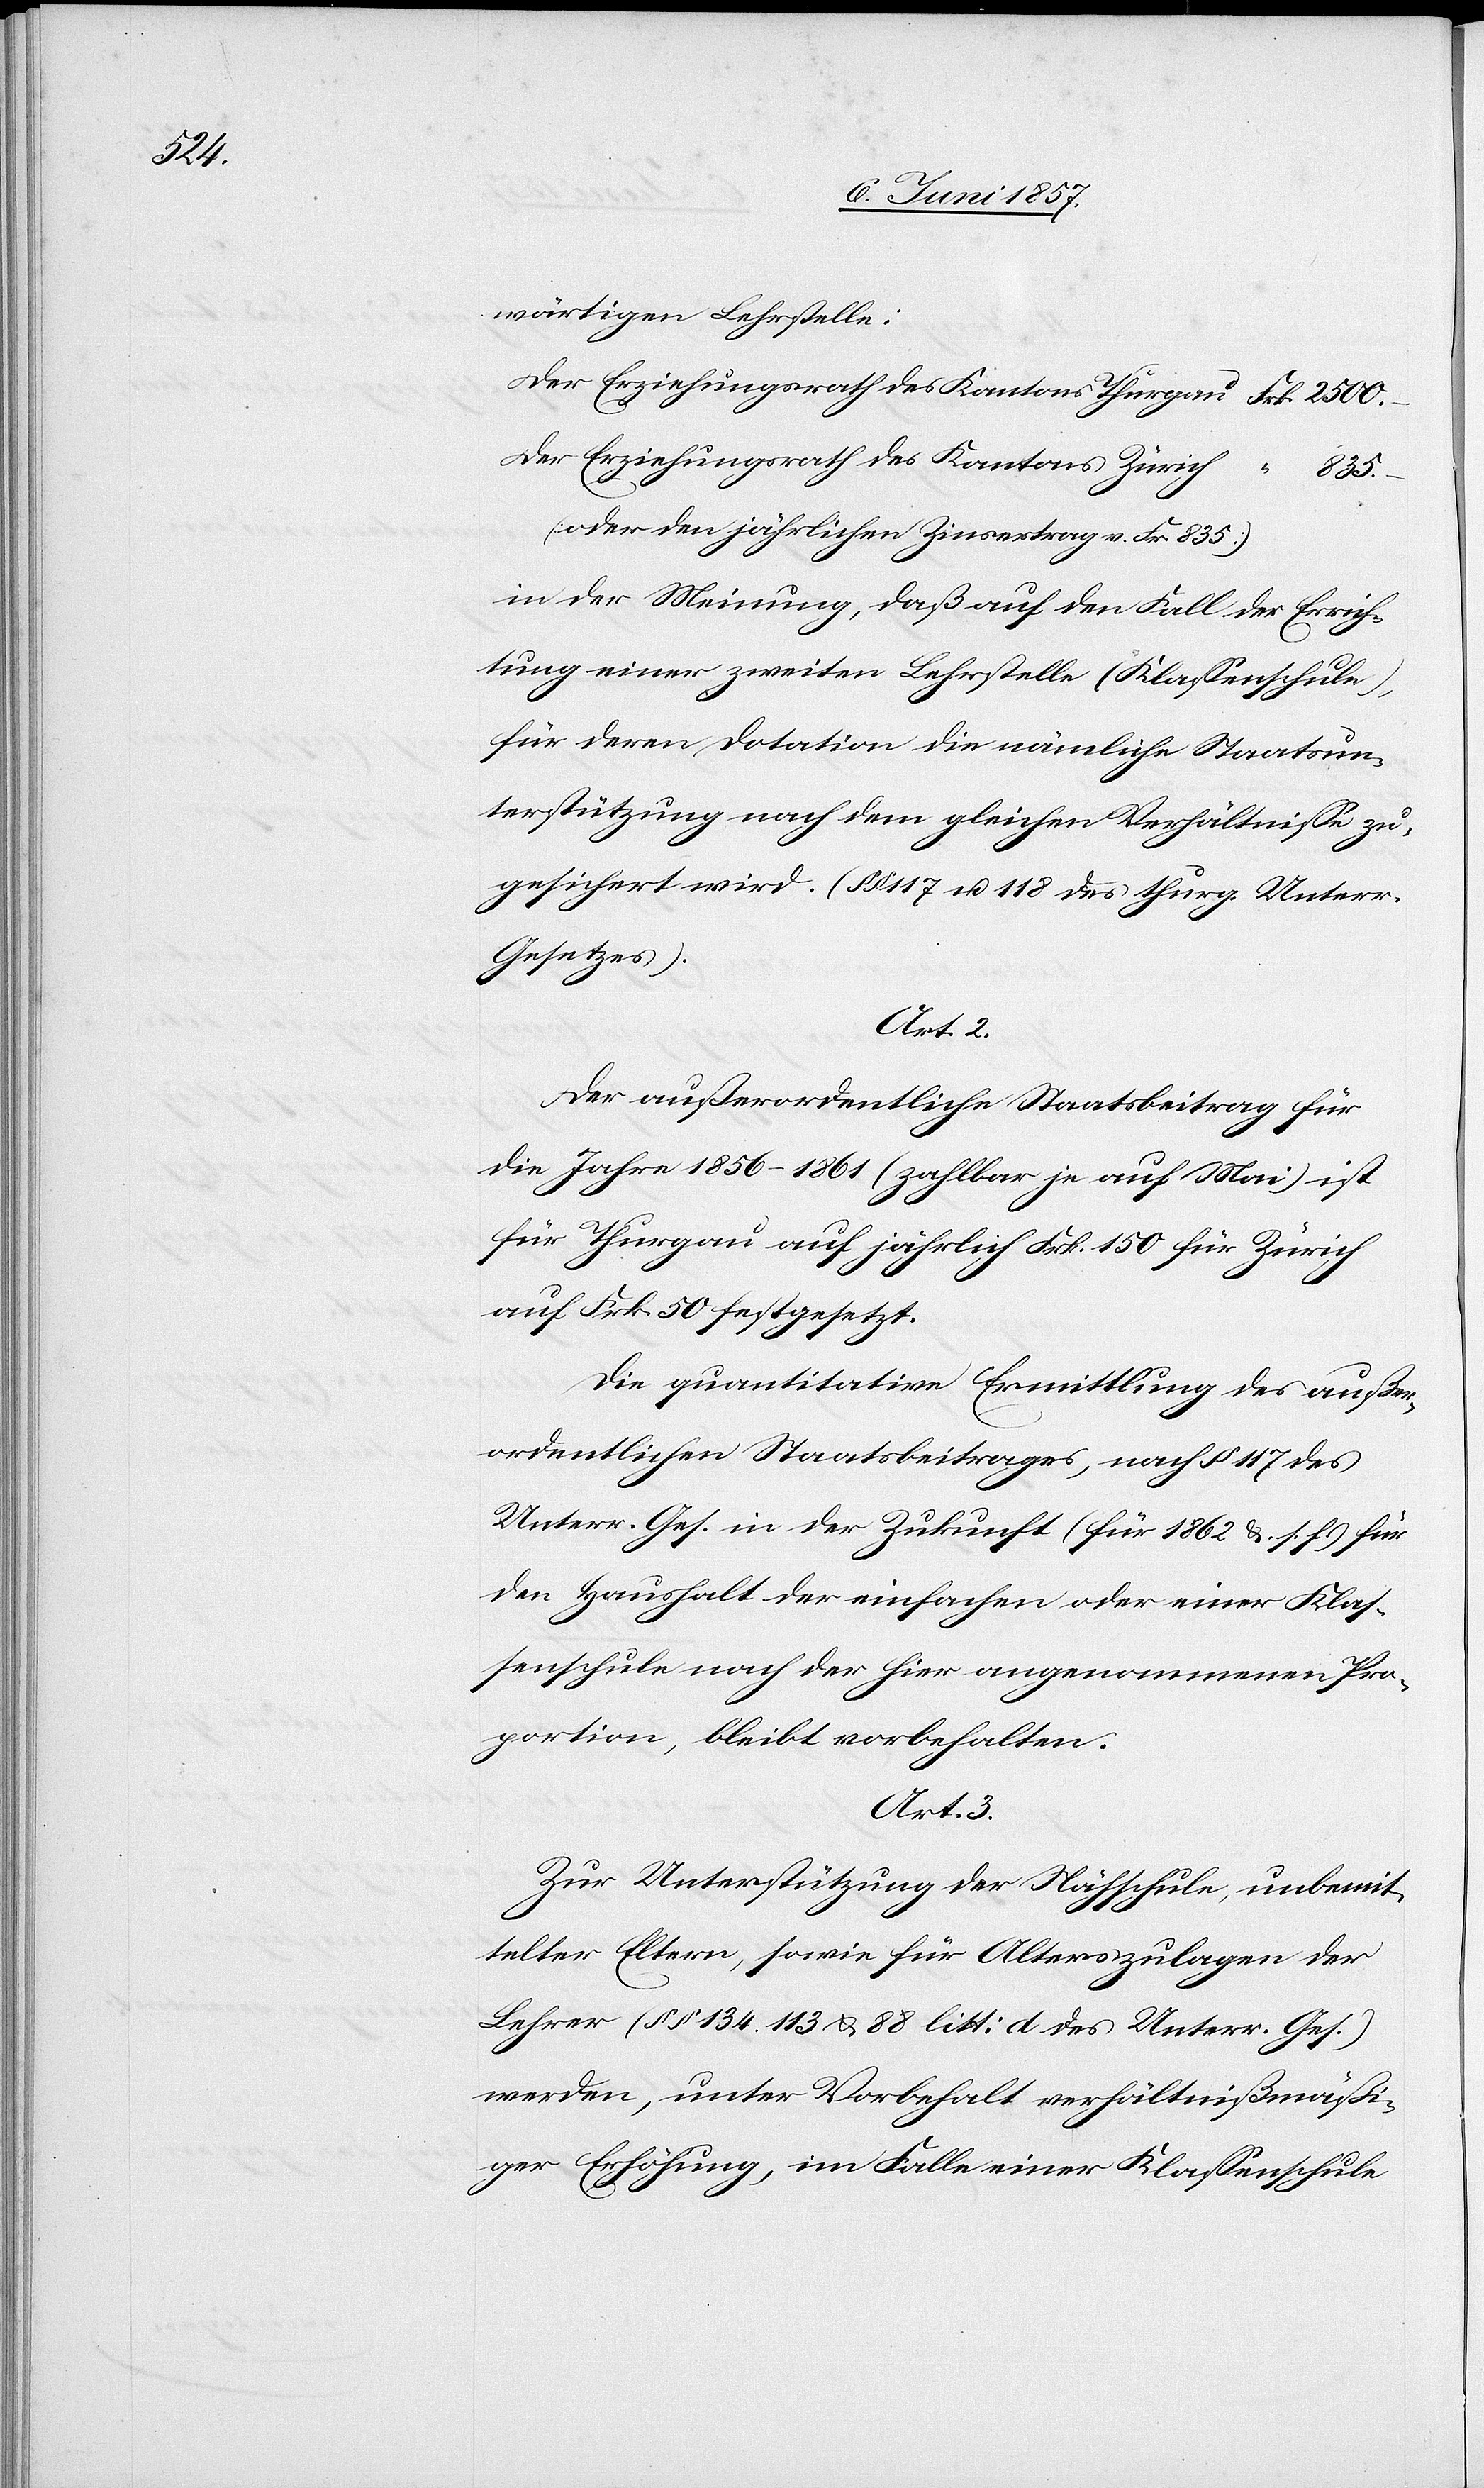
835.

wärtigen Lehrstelle:
Der Erziehungsrath des Kantons Thurgau						Frk. 2 500.
Der Erziehungsrath des Kantons Zürich					“
(oder den jährlichen Zinsertrag v. Fr. 835)
in der Meinung, daß auf den Fall der Errich¬
tung einer zweiten Lehrstelle (Klassenschule),
für deren Dotation die nämliche Staatsun¬
terstützung nach dem gleichen Verhältnisse zu¬
gesichert wird. (§§ 117 & 118 des thurg. Unterr.
Gesetzes).
Art. 2.
Der außerordentliche Staatsbeitrag für
die Jahre 1856–1861 (zahlbar je auf Mai) ist
für Thurgau auf jährlich Frk. 150 für Zürich
auf Frk. 50 festgesetzt.
Die quantitative Ermittlung des außer¬
ordentlichen Staatsbeitrages, nach § 117 des
Unterr. Ges. in der Zukunft (für 1862 &. s. f.) für
den Haushalt der einfachen oder einer Klas¬
senschule nach der hier angenommenen Pro¬
portion, bleibt vorbehalten.
Art. 3
Zur Unterstützung der Nähschule, unbemit¬
telter Eltern, sowie für Alterszulagen der
Lehrer (§§ 134, 113 & 88 litt: d des Unterr. Ges.)
werden, unter Vorbehalt verhältnißmäßi¬
ger Erhöhung, im Falle einer Klassenschule